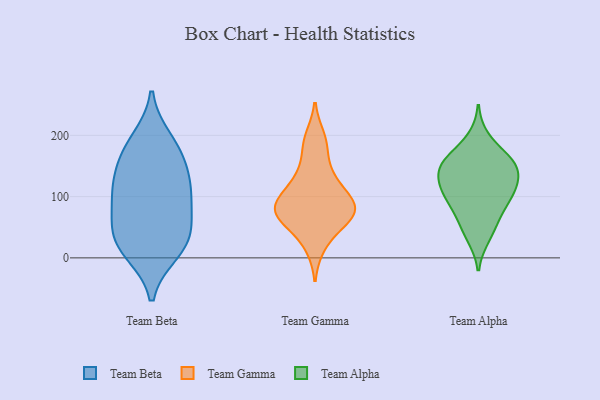
{"axis": {"x": "Shipments", "y": "Value"}, "legend": ["Team Alpha", "Team Beta", "Team Gamma"], "data": [{"x": "", "y": 44, "type": "Team Beta"}, {"x": "", "y": 191, "type": "Team Beta"}, {"x": "", "y": 24, "type": "Team Beta"}, {"x": "", "y": 22, "type": "Team Beta"}, {"x": "", "y": 169, "type": "Team Beta"}, {"x": "", "y": 94, "type": "Team Beta"}, {"x": "", "y": 124, "type": "Team Beta"}, {"x": "", "y": 102, "type": "Team Beta"}, {"x": "", "y": 168, "type": "Team Beta"}, {"x": "", "y": 11, "type": "Team Beta"}, {"x": "", "y": 58, "type": "Team Beta"}, {"x": "", "y": 119, "type": "Team Beta"}, {"x": "", "y": 79, "type": "Team Gamma"}, {"x": "", "y": 131, "type": "Team Gamma"}, {"x": "", "y": 84, "type": "Team Gamma"}, {"x": "", "y": 64, "type": "Team Gamma"}, {"x": "", "y": 104, "type": "Team Gamma"}, {"x": "", "y": 19, "type": "Team Gamma"}, {"x": "", "y": 78, "type": "Team Gamma"}, {"x": "", "y": 131, "type": "Team Gamma"}, {"x": "", "y": 73, "type": "Team Gamma"}, {"x": "", "y": 196, "type": "Team Gamma"}, {"x": "", "y": 52, "type": "Team Gamma"}, {"x": "", "y": 88, "type": "Team Gamma"}, {"x": "", "y": 179, "type": "Team Gamma"}, {"x": "", "y": 154, "type": "Team Alpha"}, {"x": "", "y": 195, "type": "Team Alpha"}, {"x": "", "y": 34, "type": "Team Alpha"}, {"x": "", "y": 145, "type": "Team Alpha"}, {"x": "", "y": 154, "type": "Team Alpha"}, {"x": "", "y": 92, "type": "Team Alpha"}, {"x": "", "y": 86, "type": "Team Alpha"}, {"x": "", "y": 114, "type": "Team Alpha"}, {"x": "", "y": 119, "type": "Team Alpha"}, {"x": "", "y": 116, "type": "Team Alpha"}, {"x": "", "y": 106, "type": "Team Alpha"}, {"x": "", "y": 47, "type": "Team Alpha"}, {"x": "", "y": 67, "type": "Team Alpha"}, {"x": "", "y": 164, "type": "Team Alpha"}, {"x": "", "y": 157, "type": "Team Alpha"}, {"x": "", "y": 141, "type": "Team Alpha"}]}